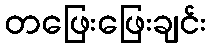
တဖြေးဖြေးချင်း